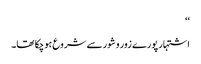
‘‘
اشتہار پورے زور و شور سے شروع ہوچکا تھا۔